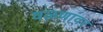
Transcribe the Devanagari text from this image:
वळणांवर